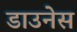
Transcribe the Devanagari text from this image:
डाउनेस